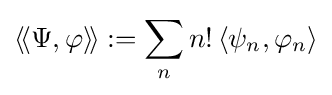
\left\langle \!\left\langle \Psi ,\varphi \right\rangle \!\right\rangle :=\sum _{n}n!\left\langle \psi _{n},\varphi _{n}\right\rangle